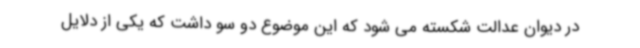
در دیوان عدالت شکسته می شود که این موضوع دو سو داشت که یکی از دلایل